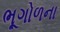
ભૂગોળના